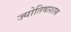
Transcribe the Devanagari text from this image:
ज्योतिषाशास्र